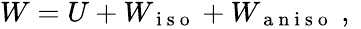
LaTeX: \begin{array}{r}{W=U+W_{\mathrm{~i~s~o~}}+W_{\mathrm{~a~n~i~s~o~}}\mathrm{~,~}}\end{array}